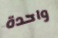
واحدة